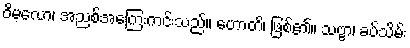
ဝိမလော၊ အညစ်အကြေးကင်းသည်။ ဟောတိ၊ ဖြစ်၏။ သဗ္ဗာ၊ ခပ်သိမ်း